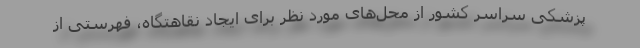
پزشکی سراسر کشور از محل‌های مورد نظر برای ایجاد نقاهتگاه، فهرستی از